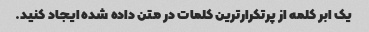
یک ابر کلمه از پرتکرارترین کلمات در متن داده شده ایجاد کنید.